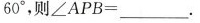
$$6 0 °$$，则$$∠ A P B = ___$$。